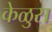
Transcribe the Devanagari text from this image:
केळुस